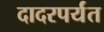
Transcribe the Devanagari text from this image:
दादरपर्यंत